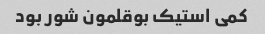
کمی استیک بوقلمون شور بود